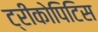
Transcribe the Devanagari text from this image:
ट्रीकोपिटिस